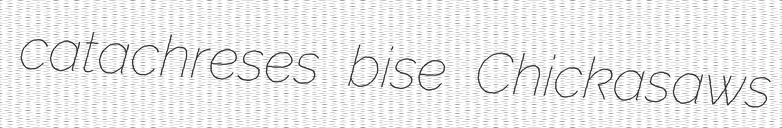
catachreses bise Chickasaws